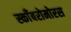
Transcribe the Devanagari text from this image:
स्काँबरोमोरस